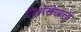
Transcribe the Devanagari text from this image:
देखरेखेखाली